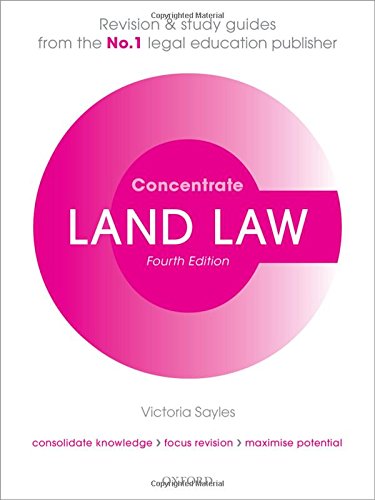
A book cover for Land Law Concentrate: Law Revision and Study Guide; Victoria Sayles; Law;